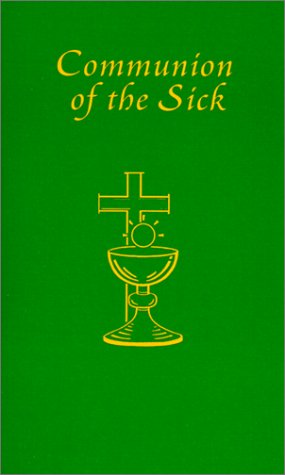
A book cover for Communion of the Sick: Approved Rites for Use in the United States of America Excerpted from Pastoral Care of the Sick and Dying in English a; Christian Books & Bibles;